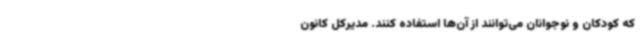
که کودکان و نوجوانان می‌توانند از آن‌ها استفاده کنند. مدیرکل کانون